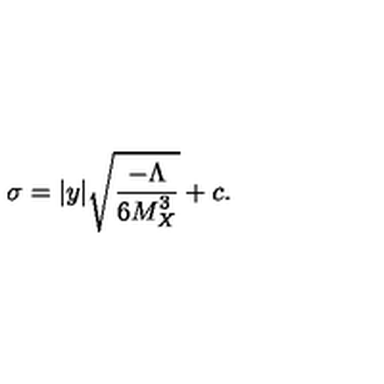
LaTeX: \sigma = | y | \sqrt { { \frac { - { \Lambda } } { \displaystyle { 6 M _ { X } ^ { 3 } } } } } + c . \,